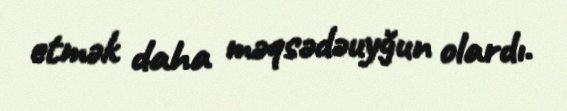
etmək daha məqsədəuyğun olardı.